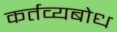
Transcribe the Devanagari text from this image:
कर्तव्यबोध